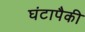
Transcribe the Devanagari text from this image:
घंटापैकी